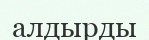
алдырды